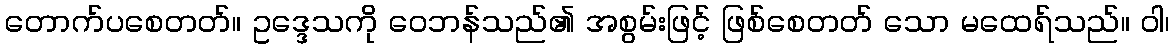
တောက်ပစေတတ်။ ဥဒ္ဒေသကို ဝေဘန်သည်၏ အစွမ်းဖြင့် ဖြစ်စေတတ် သော မထေရ်သည်။ ဝါ၊